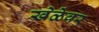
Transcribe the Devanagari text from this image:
खेळेवर